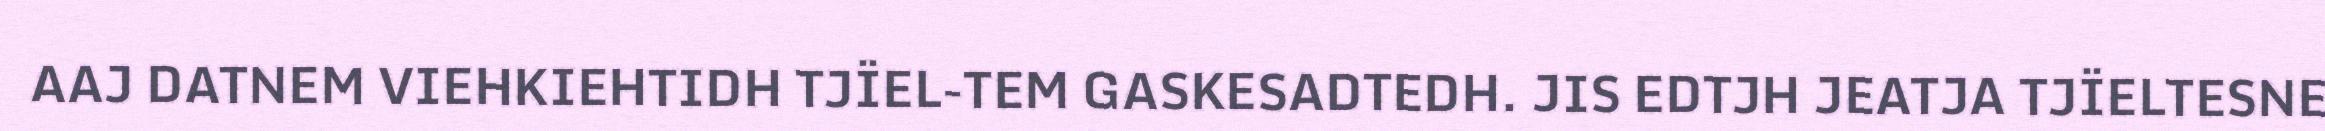
AAJ DATNEM VIEHKIEHTIDH TJÏEL-TEM GASKESADTEDH. JIS EDTJH JEATJA TJÏELTESNE